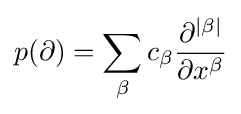
p(\partial )=\sum _{\beta }c_{\beta }{\frac {\partial ^{|\beta |}}{\partial x^{\beta }}}